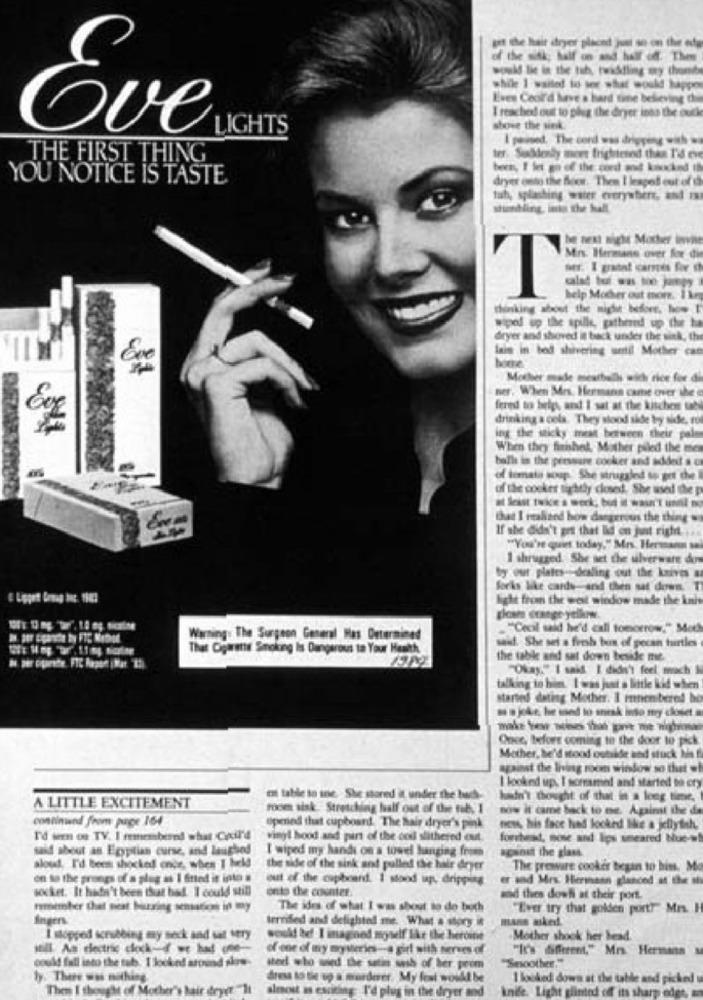
art the lait dryer placed just so on the ede
---------
while 1 wailed io tor what would bappo
Eves Cool'd heve a hard sine believing d
I reached out to phig the dryer into the outk
Ove
LIGHTS
shove the sink.
I passed. The sont was dripping with wa
THE FIRST THING
ter. Suddenly mert frightened then I'd eve
YOU NOTICE IS TASTE
dryer onto the floor. Then I lespet out of d
sundling, inis the hall
Mrs. Hermans over for die
help Mocher out mom. 1 km
dryer and shoved it back under the sink, the
Iais in bod shivering until Mother cat
bone
Mother made meuchels wich rice fue di
her. When Mes. Hermans came over the e
fered to brigh, and I sat at the kitchen tabs
drinking a cola. They slood side by side, to
ing the sticky meal between their pal
When they finishel, Mother piled the me
ball in the pressure cooker and added a
of tomato soup.She struggled su get che
of the cocket tightly closed, She used the p
that I realized how dangerous the thing .
If she didn't grs that lid on jat right. ...
"You're quiet today," Mr. Hermann Mal
I shrugged. She set the silverware dos
ty out plates -- dealing out the knives
forks like cards,and then sat down. T
Light fron the weil window made the knie
gleams erange yellow.
"Cecil said he'd call tomorrow." Mot
Warning: The Surgeon General Has Determined
That Cigarette Smoking Is Dangerous to Your Health
sait. She set a froh bus of pecan turtles
the table and sat down beside me.
"Okay." I said I didn't feel mach
talking to bin. I was just a little kid when
started dating Mother. I mnenbernd bo
Once, before coming to the door to pick
Mother, he'd stood outside and stuck Mia f
apast the living room window so that .t
I looked up. I screamet and started se cry
ct table to ine. She stored it under the busch
hain't thought of that in a long time,
A LITTLE EXCITEMENT
roces sisk. Stretching half out of the tib. 1
now it came back to me. Againt ile de
continuand from puce 164
opened that cupboard. The hair dryer's pink
news, his face hed looked like a jellyfish.
I'd seen on TV. I remembernd what Coil'd
vinyl hood and part of the coil slithered out.
fortest, nowe and lips smeared bue -=
said about as Eoptias cine, and laughed
I wiped my hands on a towel hanging from
against the glas
alout, I'd Beest shocked onde, when I bekl
the side of the sink and pulled the hair dryer
The preware cooker began to him. Ma
on la the progs of a plug as 1 6und it into a
out of the capbrandt. I stand isp, dripping
er and Mrs. Hermann glanced at the sh
socket. It hadn't been thut bad. I could still
onto the counter.
wad thes dowh at their port.
hmember that neat burning sensation in my
The ides of what I was shout to do both
"Ever try that golden port?" Mrs. I
Ingen
mans med.
ternised and delightnl me. What a story i
I stopped krubbing my sock and sat tery
would bef I inagned myself like the heroine
Mother shock her head.
of one of my mysteries-a girl with series of
"It's different," Mr. Hermans
could fall into the tub. I looked around show-
"Sesoother."
ty. There was mithing.
dress is tie up a murderer. My fest would be
I looked down at the table and picked
Then I thought of Mother's hair dryer -It
almost as esciting I'd plus in the dryer and
Ande. Light glinted of its sharp edge.